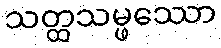
သတ္ထသမ္ဖဿော